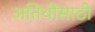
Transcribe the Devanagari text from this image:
अतिथींसाठी